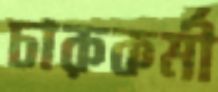
চারুকর্মী